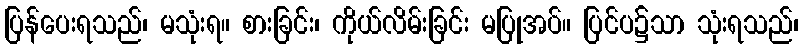
ပြန်ပေးရသည်၊ မသုံးရ။ စားခြင်း၊ ကိုယ်လိမ်းခြင်း မပြုအပ်။ ပြင်ပ၌သာ သုံးရသည်၊